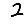
Digit: 2